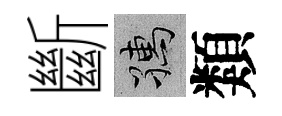
斷孺類